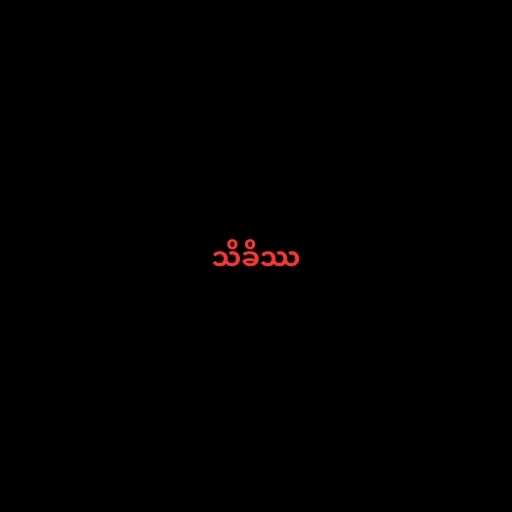
သိခိဿ